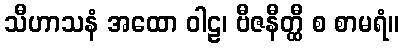
သီဟာသနံ အထော ဝါဠ၊ ဗီဇနီတ္ထီ စ စာမရံ။